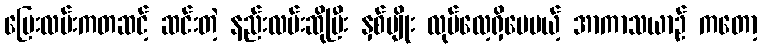
ပြေးလမ်းကတဆင့် ဆင်းတဲ့ နည်းလမ်းဆိုပြီး နှစ်မျိုး လုပ်လေ့ရှိပေမယ့် အာကာသယာဉ် ကတော့